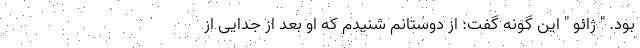
بود. " ژائو " این گونه گفت: از دوستانم شنیدم که او بعد از جدایی از